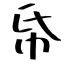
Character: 帋